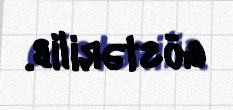
göstərilib.